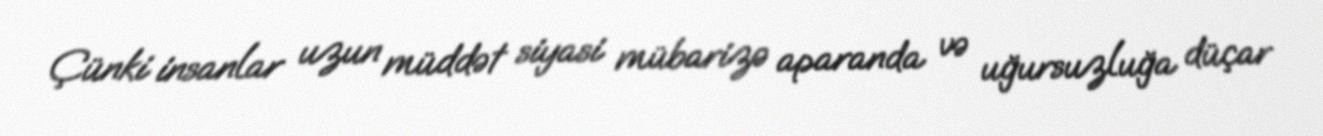
Çünki insanlar uzun müddət siyasi mübarizə aparanda və uğursuzluğa düçar